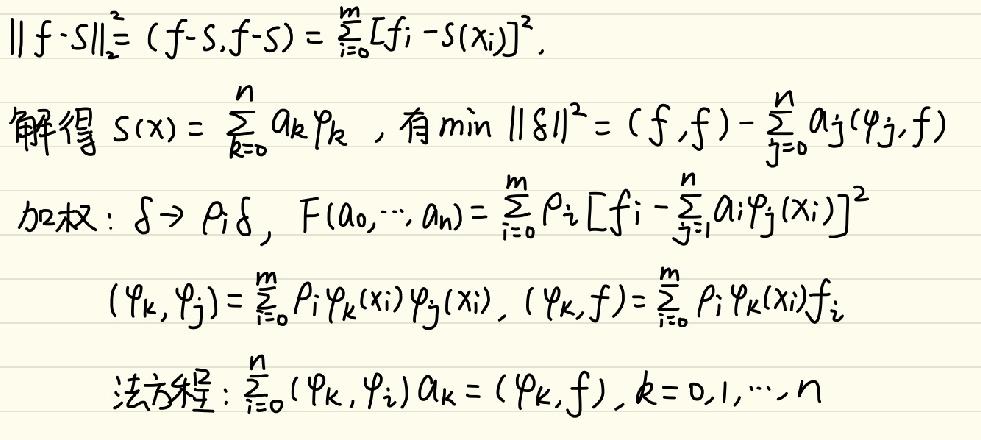
\[
\begin{align*}
\|f - S\|_2^2&=(f - S,f - S)=\sum_{i = 0}^{m}[f_i - S(x_i)]^2\\
\end{align*}
\]
解得 \(S(x)=\sum_{k = 0}^{n}a_k\varphi_k\)，有 \(\min \|S\|^2=(f,f)-\sum_{j = 0}^{n}a_j(\varphi_j,f)\)
加权：\(\delta\rightarrow\rho_i\delta\)，\(F(a_0,\cdots,a_n)=\sum_{i = 0}^{m}\rho_i\left[f_i-\sum_{j = 1}^{n}a_i\varphi_j(x_i)\right]^2\)
\[
\begin{align*}
(\varphi_k,\varphi_j)&=\sum_{i = 0}^{m}\rho_i\varphi_k(x_i)\varphi_j(x_i), (\varphi_k,f)=\sum_{i = 0}^{m}\rho_i\varphi_k(x_i)f_i\\
\end{align*}
\]
法方程：\(\sum_{i = 0}^{n}(\varphi_k,\varphi_i)a_k=(\varphi_k,f),k = 0,1,\cdots,n\)